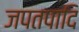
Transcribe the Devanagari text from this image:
जपतपादि